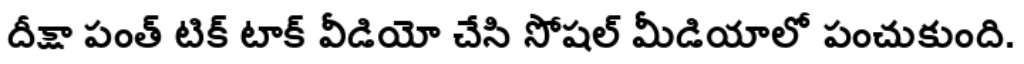
దీక్షా పంత్ టిక్ టాక్ వీడియో చేసి సోషల్ మీడియాలో పంచుకుంది.